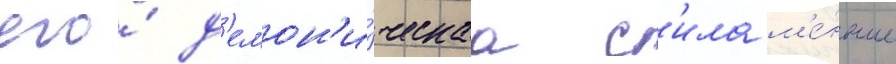
его́ д'емон'и́ческаа с'ила м'е́ньше